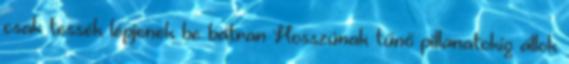
csak tessék lépjenek be bátran Hosszúnak tűnő pillanatokig állok